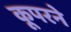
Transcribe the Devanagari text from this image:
कूपरने